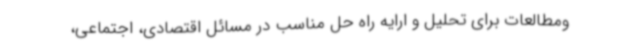
ومطالعات برای تحلیل و ارایه راه حل مناسب در مسائل اقتصادی، اجتماعی،